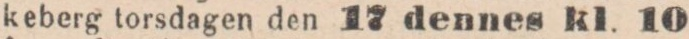
keberg torsdagen den 17 dennes kl. 10